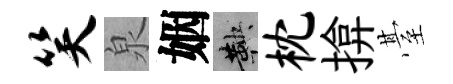
笑泉姻鞅枕揜䑓